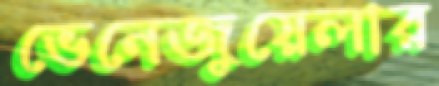
ভেনেজুয়েলার